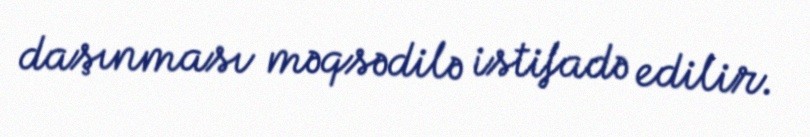
daşınması məqsədilə istifadə edilir.